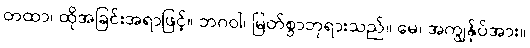
တထာ၊ ထိုအခြင်းအရာဖြင့်။ ဘဂဝါ၊ မြတ်စွာဘုရားသည်။ မေ၊ အကျွန်ုပ်အား။